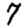
Digit: 7